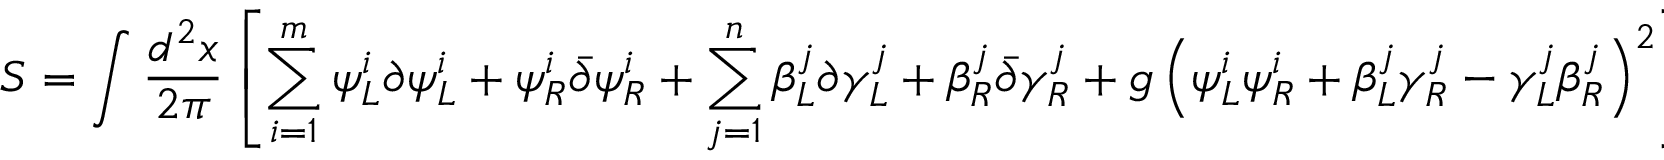
S = \int { \frac { d ^ { 2 } x } { 2 \pi } } \left[ \sum _ { i = 1 } ^ { m } \psi _ { L } ^ { i } \partial \psi _ { L } ^ { i } + \psi _ { R } ^ { i } \bar { \partial } \psi _ { R } ^ { i } + \sum _ { j = 1 } ^ { n } \beta _ { L } ^ { j } \partial \gamma _ { L } ^ { j } + \beta _ { R } ^ { j } \bar { \partial } \gamma _ { R } ^ { j } + g \left( \psi _ { L } ^ { i } \psi _ { R } ^ { i } + \beta _ { L } ^ { j } \gamma _ { R } ^ { j } - \gamma _ { L } ^ { j } \beta _ { R } ^ { j } \right) ^ { 2 } \right]